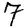
Digit: 7